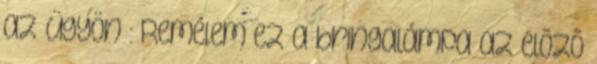
az ügyön : Remélem ez a bringalámpa az elõzõ